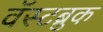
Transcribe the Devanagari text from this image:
वॅस्टब्रुक